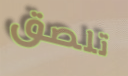
تلصق